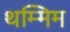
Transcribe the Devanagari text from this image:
थम्मिम